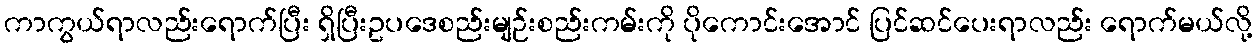
ကာကွယ်ရာလည်းရောက်ပြီး ရှိပြီးဥပဒေစည်းမျဉ်းစည်းကမ်းကို ပိုကောင်းအောင် ပြင်ဆင်ပေးရာလည်း ရောက်မယ်လို့